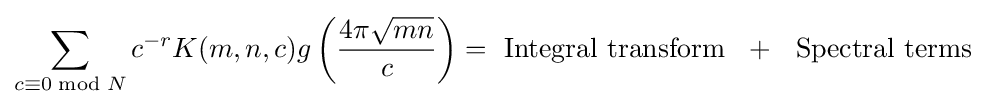
\sum _{c\equiv 0{\bmod {N}}}c^{-r}K(m,n,c)g\left({\frac {4\pi {\sqrt {mn}}}{c}}\right)={\text{ Integral transform }}\ +\ {\text{ Spectral terms}}